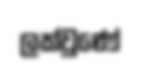
ලක්වුණේ